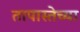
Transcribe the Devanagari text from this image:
तापास्तेच्या